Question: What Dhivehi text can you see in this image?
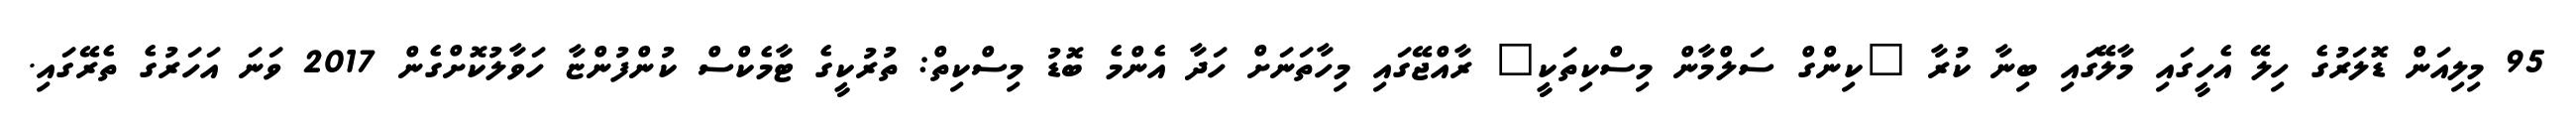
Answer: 95 މިލިއަން ޑޮލަރުގެ ހިލޭ އެހީގައި މާލޭގައި ބިނާ ކުރާ "ކިންގް ސަލްމާން މިސްކިތަކީ" ރާއްޖޭގައި މިހާތަނަށް ހަދާ އެންމެ ބޮޑު މިސްކިތް: ތުރުކީގެ ޓާމެކްސް ކުންފުންޏާ ހަވާލުކޮށްގެން 2017 ވަނަ އަހަރުގެ ތެރޭގައި.